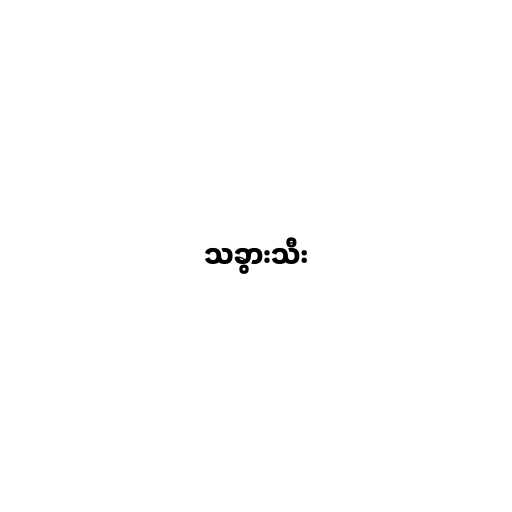
သခွားသီး